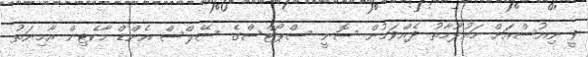
ވީ ނިއުސްއަށް މައުލޫމާތު ދެއްވަމުން ސޮނީ ސްޕޯޓްސްގެ ސޭލްސް އެންޑް މާކެޓިން އާމިނަތު